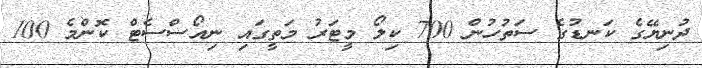
ދުނިޔޭގެ ކަނޑުގެ ސަތުހުން 700 ކިލޯ މީޓަރު މަތީގައި ނިއޯސްސެޓް ކޮންމެ 100